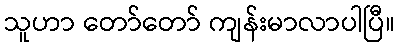
သူဟာ တော်တော် ကျန်းမာလာပါပြီ။